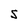
Character: S